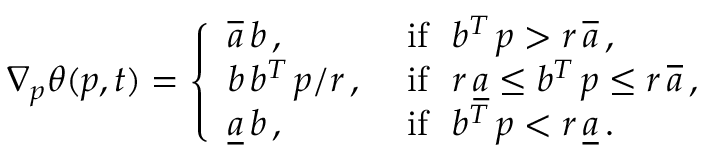
\nabla _ { p } \theta ( p , t ) = \left\{ \begin{array} { l l } { \overline { { a } } \, b \, , } & { \mathrm { ~ i f \ \ } b ^ { T } \, p > r \, \overline { { a } } \, , } \\ { b \, b ^ { T } \, p / r \, , } & { \mathrm { ~ i f \ \ } r \, \underline { { a } } \le b ^ { T } \, p \le r \, \overline { { a } } \, , } \\ { \underline { { a } } \, b \, , } & { \mathrm { ~ i f \ \ } b ^ { T } \, p < r \, \underline { { a } } \, . } \end{array} \right.